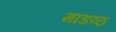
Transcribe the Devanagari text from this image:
मांडव्ठ